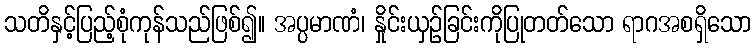
သတိနှင့်ပြည့်စုံကုန်သည်ဖြစ်၍။ အပ္ပမာဏံ၊ နှိုင်းယှဉ်ခြင်းကိုပြုတတ်သော ရာဂအစရှိသော